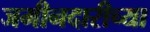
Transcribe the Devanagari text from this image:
जमीनदारीच्या